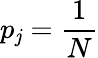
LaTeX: p_{\mathit{j}}={\frac{{1}}{{N}}}